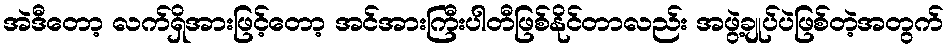
အဲဒီတော့ လက်ရှိအားဖြင့်တော့ အင်အားကြီးပါတီဖြစ်နိုင်တာလည်း အဖွဲ့ချုပ်ပဲဖြစ်တဲ့အတွက်